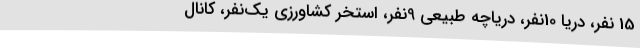
15 نفر، دریا 10نفر، دریاچه طبیعی 9نفر، استخر کشاورزی یک‌نفر، کانال